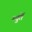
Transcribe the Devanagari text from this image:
म्युर्ते